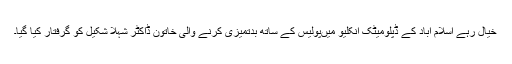
خیال رہے اسلام آباد کے ڈپلومیٹک انکلیو میںپولیس کے ساتھ بدتمیزی کرنے والی خاتون ڈاکٹر شہلا شکیل کو گرفتار کیا گیا۔